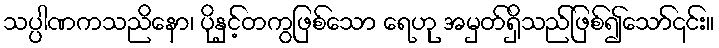
သပ္ပါဏကသညိနော၊ ပိုနှင့်တကွဖြစ်သော ရေဟု အမှတ်ရှိသည်ဖြစ်၍သော်၎င်း။